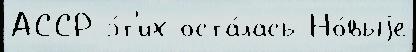
АССР э́т'их оста́лась Но́выjе